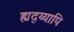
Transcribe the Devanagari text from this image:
ह्यद्य्यापि